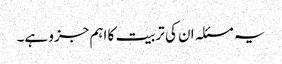
یہ مسئلہ ان کی تربیت کا اہم جزو ہے۔